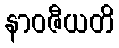
နာဝဇီယတိ